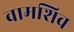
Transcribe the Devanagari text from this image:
वामशिव